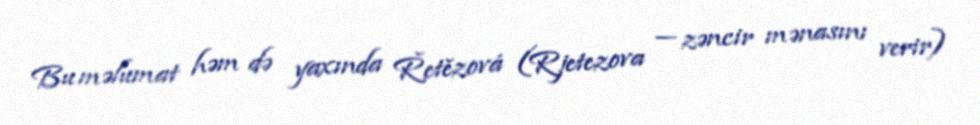
Bu məlumat həm də yaxında Řetězová (Rjetezova — zəncir mənasını verir)